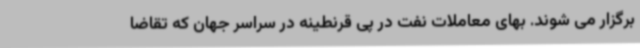
برگزار می شوند. بهای معاملات نفت در پی قرنطینه در سراسر جهان که تقاضا